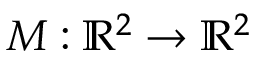
M : \ensuremath { \mathbb { R } } ^ { 2 } \to \ensuremath { \mathbb { R } } ^ { 2 }